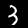
Label: 3